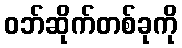
ဝဘ်ဆိုက်တစ်ခုကို